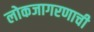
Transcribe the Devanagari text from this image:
लोकजागरणाची